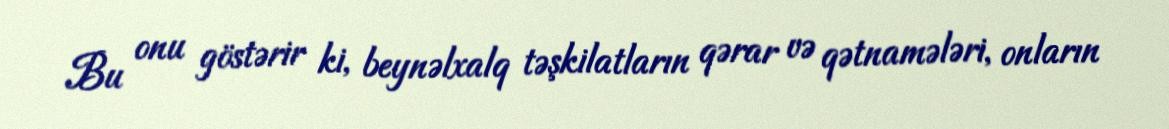
Bu onu göstərir ki, beynəlxalq təşkilatların qərar və qətnamələri, onların